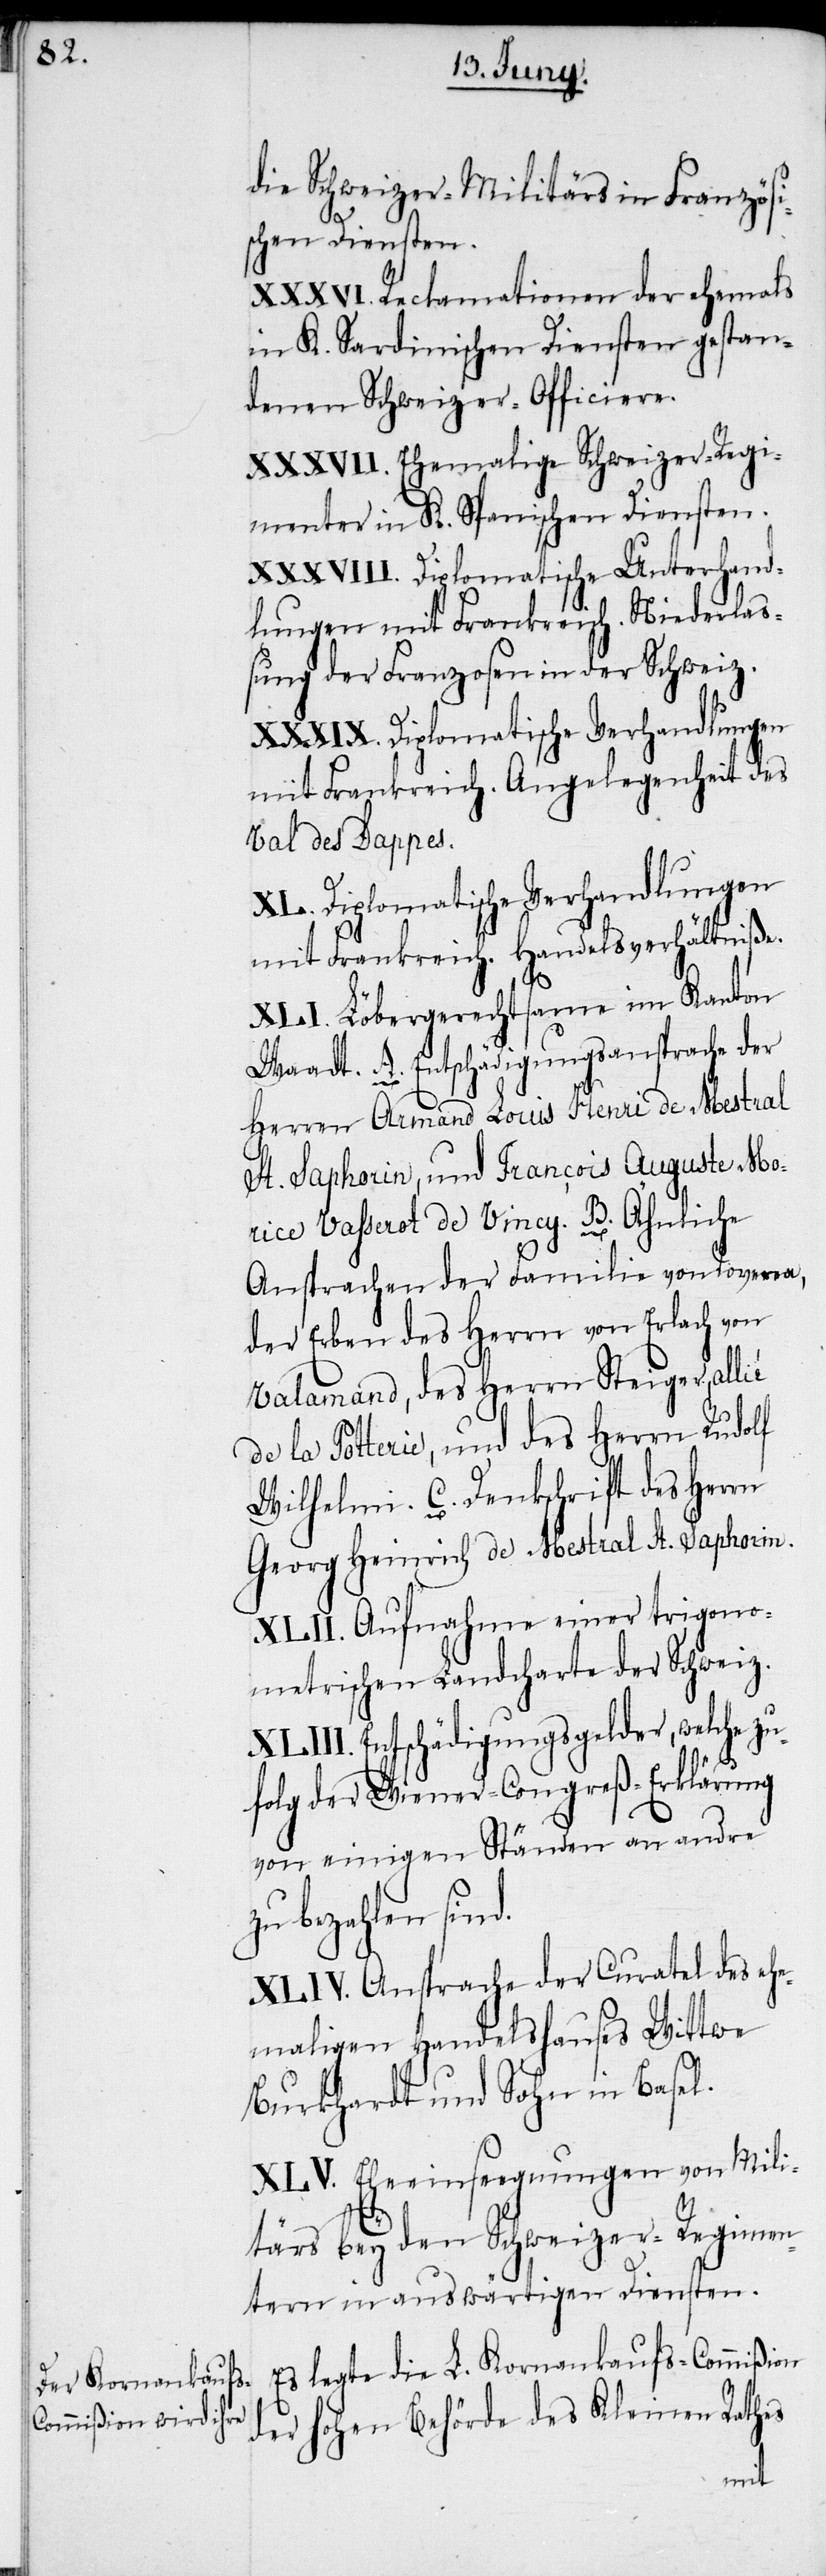
die Schweizer-Militärs in Französi¬
schen Diensten.
XXXVI. Reclamationen der ehemals
in K. Sardinischen Diensten gestan¬
denen Schweizer-Officiere.
XXXVII. Ehemalige Schweizer-Regi¬
menter in K. Spanischen Diensten.
XXXVIII. Diplomatische Unterhand¬
lungen mit Frankreich. Niederlaß¬
ung der Franzosen in der Schweiz.
mit Frankreich. Angelegenheit des
Val des Dappes.
XL. Diplomatische Verhandlungen
mit Frankreich. Handelsverhältniße.
XLI. Löbergerechtsame im Kanton
Waadt. A. Entschädigungsansprache der
Herren Armand Louis Henri de Mestral
St. Saphorin, und François Auguste Mo¬
rice Vahserot de Vincy. B. Ähnliche
Ansprachen der Familie von Roverea,
der Erben des Herrn von Erlach von
Valamand, des Herrn Steiger, allié
de la Potterie, und des Herrn Rudolf
Wilhelmi. C. Denkschrift des Herrn
Georg Heinrich de Mestral St. Saphorin.
XLII. Aufnahme einer trigono¬
metrischen Landcharte der Schweiz.
XLIII. Entschädigungsgelder, welche zu¬
folg der Wiener-Congreß-Erklärung
von einigen Ständen an andre
zu bezahlen sind.
XLIV. Ansprache der Curatel des ehe¬
maligen Handelshauses Wittwe
Burkhardt und Sohn in Basel.
XLV. Eheeinseegnungen von Mili¬
tärs bey den Schweizer-Regimen¬
tern in auswärtigen Diensten.
Es legte die L. Kornankaufs-Commißion
der hohen Behörde des Kleinen Rathes